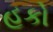
હૂકો